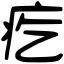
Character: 疙